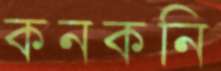
কনকনি